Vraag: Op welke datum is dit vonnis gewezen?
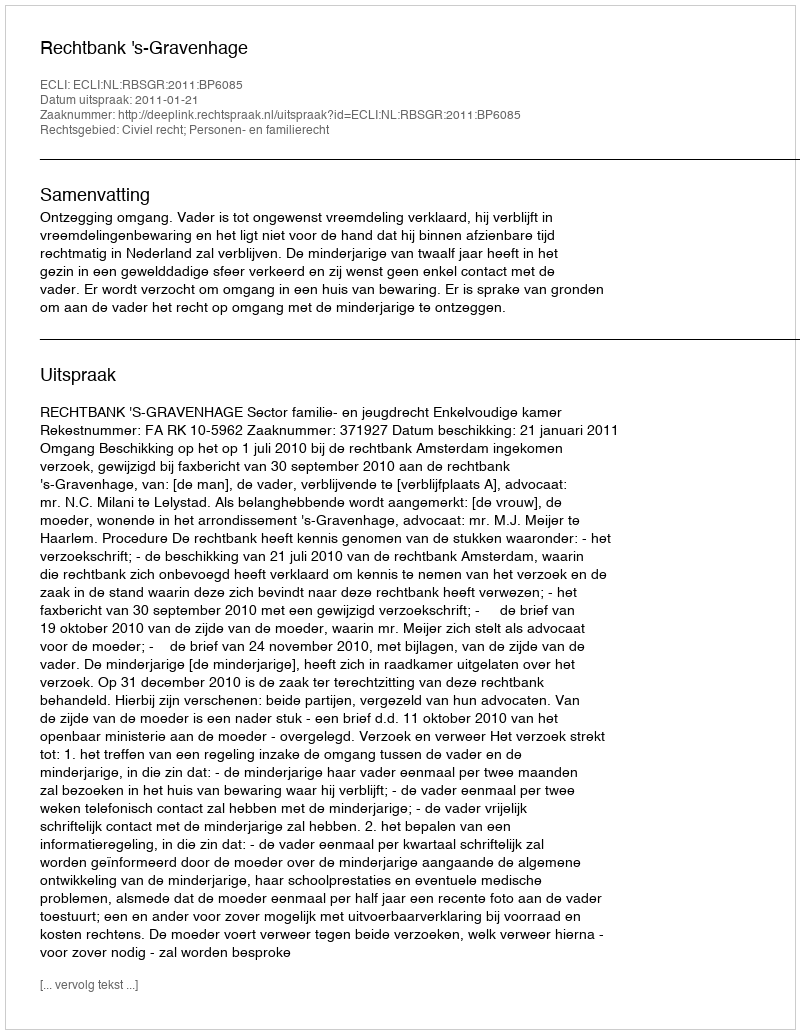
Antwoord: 2011-01-21